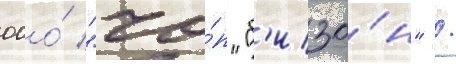
ооо́ "чо́п "б'изо́н" /